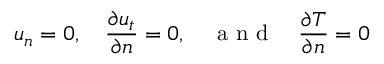
u _ { n } = 0 , \quad \frac { \partial u _ { t } } { \partial n } = 0 , \quad \textrm { a n d } \quad \frac { \partial T } { \partial n } = 0